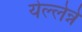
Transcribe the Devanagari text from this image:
येल्लेन्ने